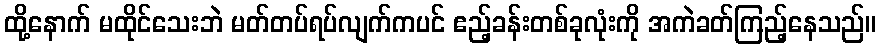
ထို့နောက် မထိုင်သေးဘဲ မတ်တပ်ရပ်လျက်ကပင် ဧည့်ခန်းတစ်ခုလုံးကို အကဲခတ်ကြည့်နေသည်။